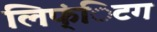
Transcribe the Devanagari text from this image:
लिफ्ंिटग